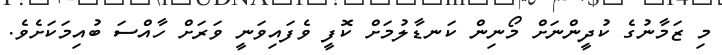
މި ޒަމާނުގެ ކުދީންނަށް މޯނިން ކަނޑާލުމަށް ކޮފީ ވެފައިވަނީ ވަރަށް ހާއްސަ ބުއިމަކަށެވެ.